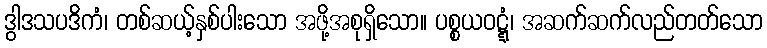
ဒွါဒသပဒိကံ၊ တစ်ဆယ့်နှစ်ပါးသော အဖို့အစုရှိသော။ ပစ္စယဝဋ္ဋံ၊ အဆက်ဆက်လည်တတ်သော